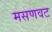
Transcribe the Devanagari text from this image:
मसणवट